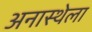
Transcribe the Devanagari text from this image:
अनास्थेला